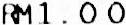
RM1.00